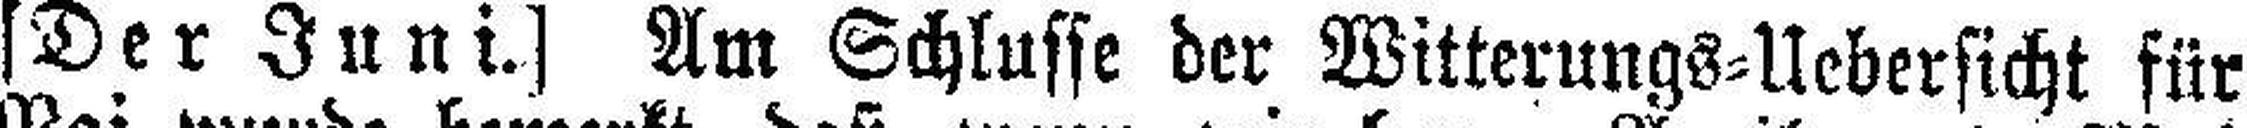
[Der Juni.] Am Schlusse der Witterungs=Uebersicht für